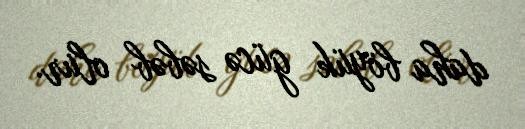
daha böyük gücə səbəb olur.